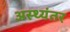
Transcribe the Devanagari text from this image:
अस्थ्यंतर